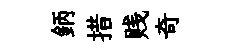
鈵措贱奇